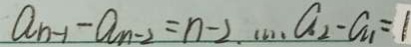
a _ { n - 1 } - a _ { n - 2 } = n - 2 \cdots a _ { 2 } - a _ { 1 } = 1